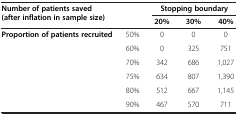
<table><thead><tr><td rowspan="2" colspan="2"><b>Number of patients saved (after inflation in sample size)</b></td><td colspan="3"><b>Stopping boundary</b></td></tr><tr><td><b>20%</b></td><td><b>30%</b></td><td><b>40%</b></td></tr></thead><tbody><tr><td rowspan="5"><b>Proportion of patients recruited</b></td><td>50%</td><td>0</td><td>0</td><td>0</td></tr><tr><td>60%</td><td>0</td><td>325</td><td>751</td></tr><tr><td>70%</td><td>342</td><td>686</td><td>1,027</td></tr><tr><td>75%</td><td>634</td><td>807</td><td>1,390</td></tr><tr><td>80%</td><td>512</td><td>667</td><td>1,145</td></tr><tr><td> </td><td>90%</td><td>467</td><td>570</td><td>711</td></tr></tbody></table>